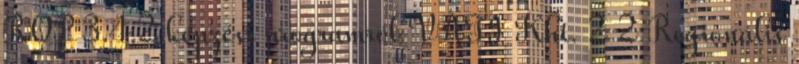
ROP 3.4.2 képzési programról VÁTI Kht. 2 2 Regionális